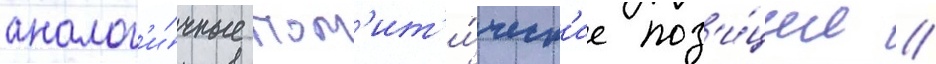
аналог'и́чные пол'ит'и́ческ'ие поз'и́ции //